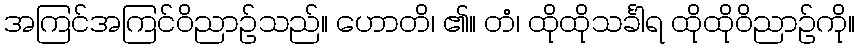
အကြင်အကြင်ဝိညာဉ်သည်။ ဟောတိ၊ ၏။ တံ၊ ထိုထိုသင်္ခါရ ထိုထိုဝိညာဉ်ကို။